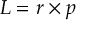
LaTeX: L = r \times p \,